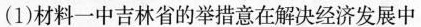
(1)材料一中吉林省的举措意在解决经济发展中